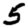
Digit: 5